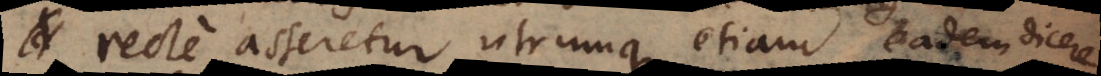
recte asseretur utrumque etiam eadem dicere